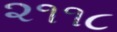
૨૧૧૮